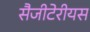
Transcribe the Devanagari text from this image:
सैजीटेरीयस